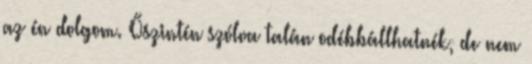
az én dolgom. Őszintén szólva talán odébbállhatnék, de nem